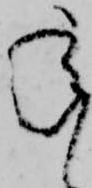
承